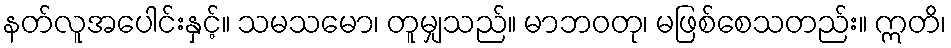
နတ်လူအပေါင်းနှင့်။ သမသမော၊ တူမျှသည်။ မာဘဝတု၊ မဖြစ်စေသတည်း။ ဣတိ၊